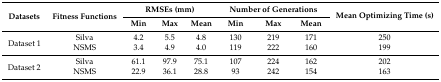
| <ROWSPAN=2> Datasets | <ROWSPAN=2> Fitness Functions | <COLSPAN=3> RMSEs (mm) | <COLSPAN=3> Number of Generations | <ROWSPAN=2> Mean Optimizing Time (s) |
 | Min | Max | Mean | Min | Max | Mean |
 | --- | --- | --- | --- | --- | --- | --- | --- | --- |
 | <ROWSPAN=2> Dataset 1 | Silva | 4.2 | 5.5 | 4.8 | 130 | 219 | 171 | 250 |
 | NSMS | 3.4 | 4.9 | 4.0 | 119 | 222 | 160 | 199 |
 | <ROWSPAN=2> Dataset 2 | Silva | 61.1 | 97.9 | 75.1 | 107 | 224 | 162 | 202 |
 | NSMS | 22.9 | 36.1 | 28.8 | 93 | 242 | 154 | 163 |